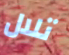
تلال